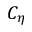
C _ { \eta }